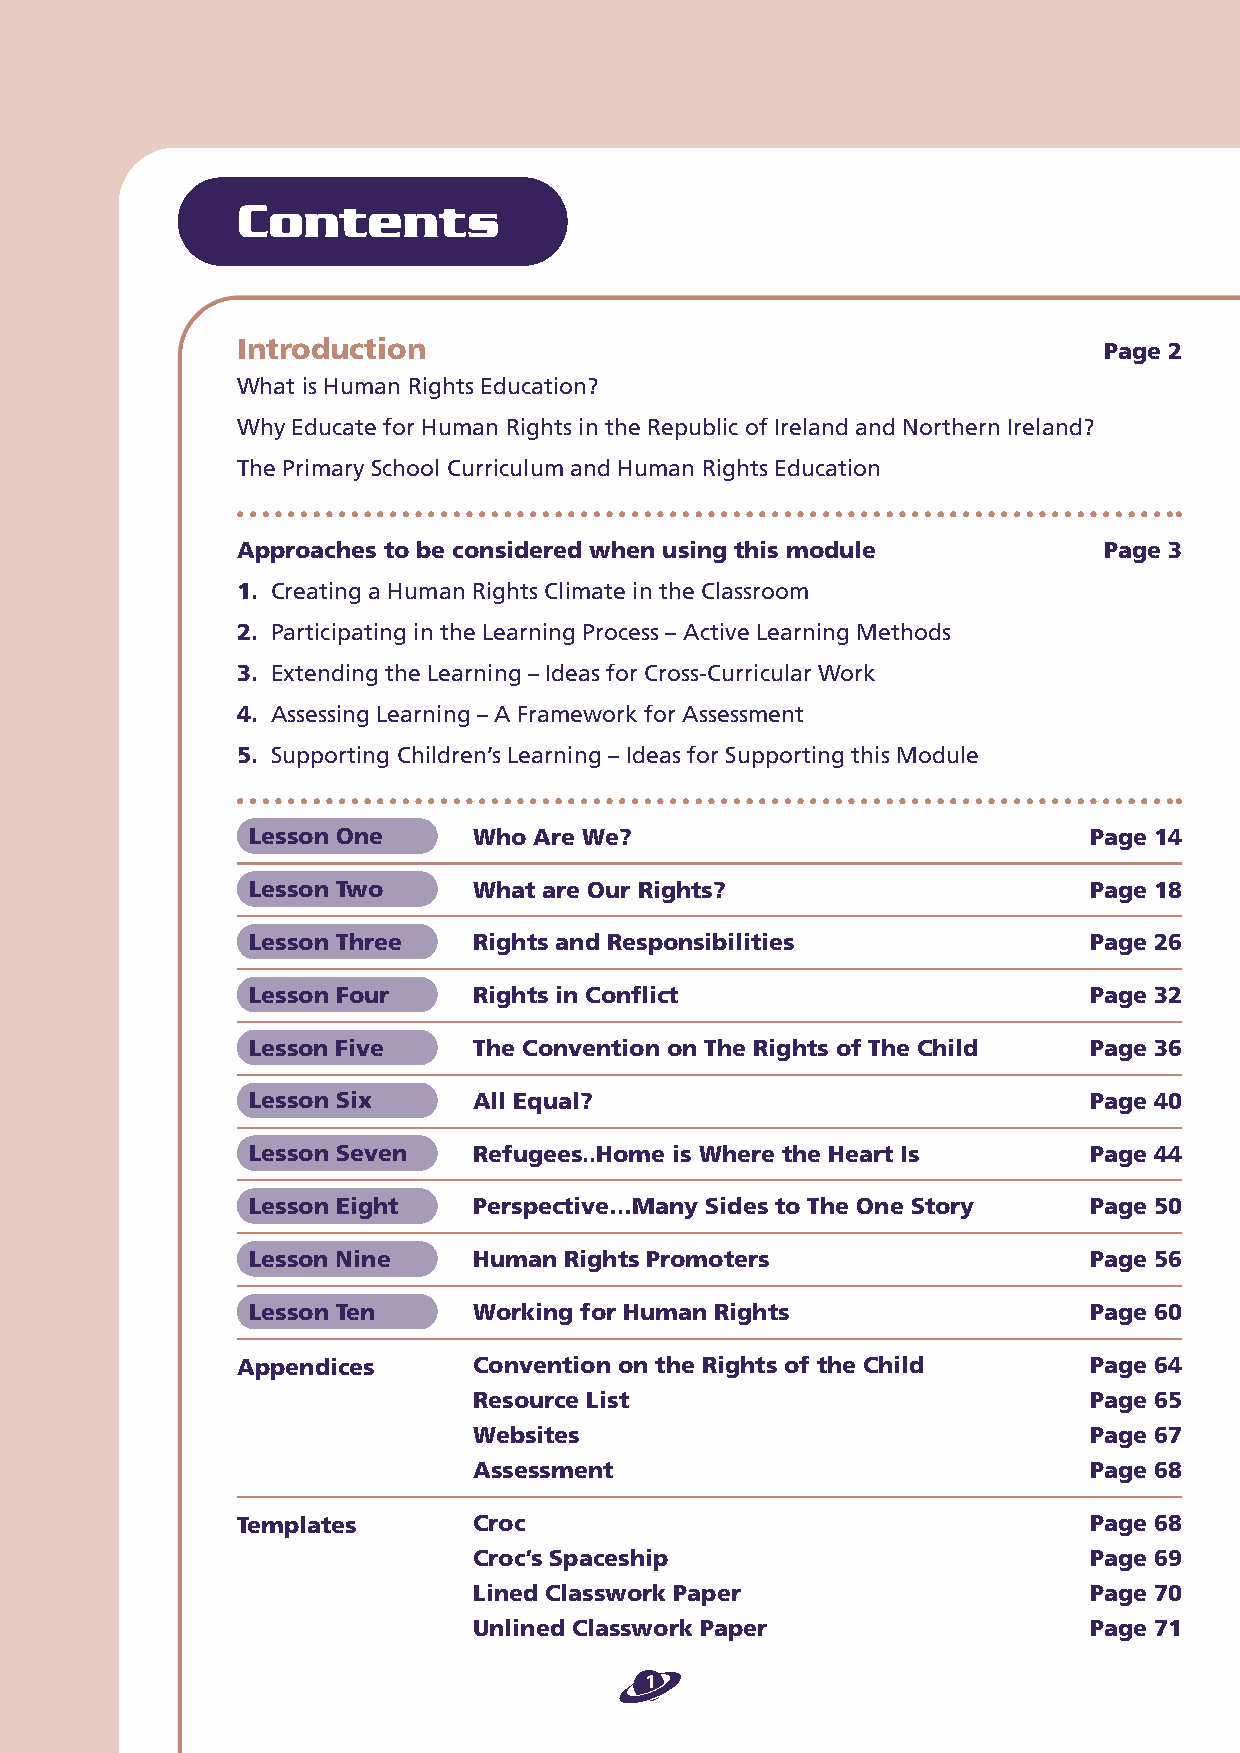
Contents
 Introduction                                             Page 2
 What is Human Rights Education?
 Why Educate for Human Rights in the Republic of Ireland and Northern Ireland?
 The Primary School Curriculum and Human Rights Education
 Approaches to be considered when using this module       Page 3
 1. Creating a Human Rights Climate in the Classroom
 2. Participating in the Learning Process – Active Learning Methods
 3. Extending the Learning – Ideas for Cross-Curricular Work
 4. Assessing Learning – A Framework for Assessment
 5. Supporting Children’s Learning – Ideas for Supporting this Module
 Lesson One     Who Are We?                              Page 14
 Lesson Two     What are Our Rights?                     Page 18
 Lesson Three   Rights and Responsibilities              Page 26
 Lesson Four    Rights in Conflict                       Page 32
 Lesson Five    The Convention on The Rights of The Child Page 36
 Lesson Six     All Equal?                               Page 40
 Lesson Seven   Refugees..Home is Where the Heart Is     Page 44
 Lesson Eight   Perspective…Many Sides to The One Story  Page 50
 Lesson Nine    Human Rights Promoters                   Page 56
 Lesson Ten     Working for Human Rights                 Page 60
 Appendices     Convention on the Rights of the Child    Page 64
 Resource List                            Page 65
 Websites                                 Page 67
 Assessment                               Page 68
 Templates      Croc                                     Page 68
 Croc’s Spaceship                         Page 69
 Lined Classwork Paper                    Page 70
 Unlined Classwork Paper                  Page 71
 1